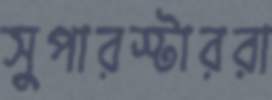
সুপারস্টাররা